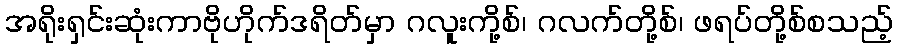
အရိုးရှင်းဆုံးကာဗိုဟိုက်ဒရိတ်မှာ ဂလူးကို့စ်၊ ဂလက်တို့စ်၊ ဖရပ်တို့စ်စသည့်